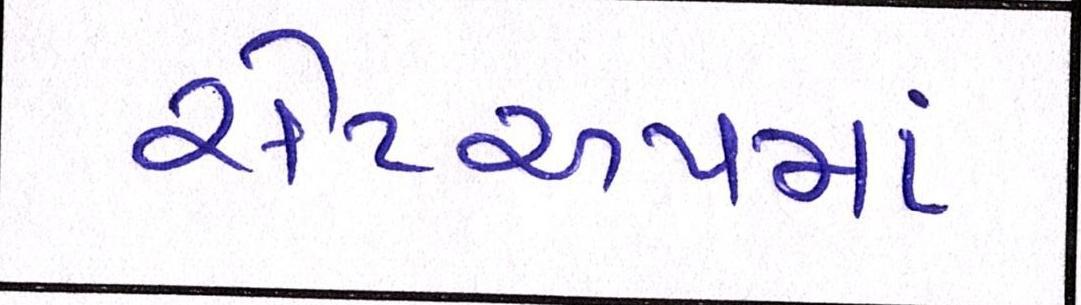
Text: સેટઅપમાં